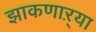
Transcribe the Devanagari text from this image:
झाकणाऱ्या